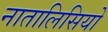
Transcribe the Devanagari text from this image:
नातालिसियो